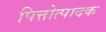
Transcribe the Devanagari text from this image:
पित्तोत्पादक